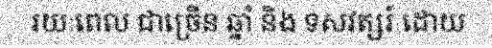
រយៈពេល ជាច្រើន ឆ្នាំ និង ទសវត្សរ៍ ដោយ